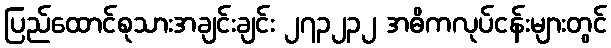
ပြည်ထောင်စုသားအချင်းချင်း ၂၇၃၂၃၂ အဓိကလုပ်ငန်းများတွင်